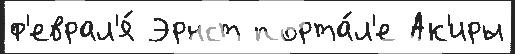
ф'еврал'я́ Эрнст порта́л'е Ак'иры